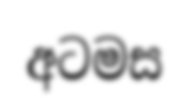
අටමස